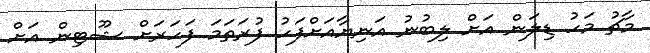
މާޗު މަހު ޑިލަން އަށް ލިބުނު އަނިޔާއަށްފަހު ފުރަތަމަ ފަހަރަށް ޝޫޓިން އަށް